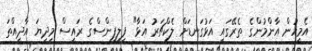
އެމީހުން އާންމުންގެ ތެރޭގައި އަޅުގަނޑަށް ލެކްޗަރު އަޅާ" ފިލިޕީންސްގެ ރައީސް މިދިޔަ އާދީއްތަ